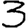
Digit: 3